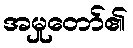
အမှုတော်၏